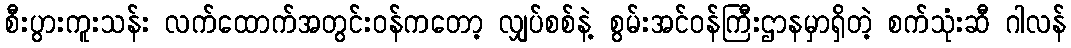
စီးပွားကူးသန်း လက်ထောက်အတွင်းဝန်ကတော့ လျှပ်စစ်နဲ့ စွမ်းအင်ဝန်ကြီးဌာနမှာရှိတဲ့ စက်သုံးဆီ ဂါလန်